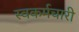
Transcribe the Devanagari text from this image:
स्वकर्मचारी